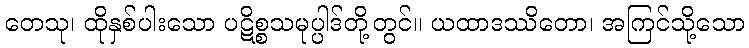
တေသု၊ ထိုနှစ်ပါးသော ပဋိစ္စသမုပ္ပါဒ်တို့တွင်။ ယထာဒဿိတော၊ အကြင်သို့သော